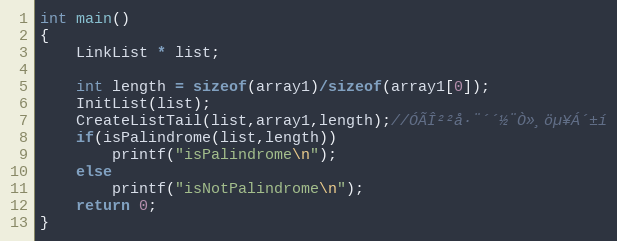
Language: C++
int main()
{
	LinkList * list;

	int length = sizeof(array1)/sizeof(array1[0]);
	InitList(list);
	CreateListTail(list,array1,length);//ÓÃÎ²²å·¨´´½¨Ò»¸öµ¥Á´±í
	if(isPalindrome(list,length))
		printf("isPalindrome\n");
	else
		printf("isNotPalindrome\n");
	return 0;
}